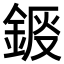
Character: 𨧴